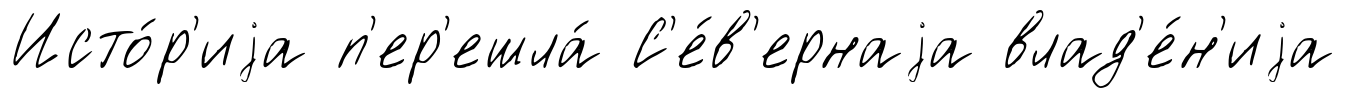
Исто́р'иjа п'ер'ешла́ С'е́в'ернаjа влад'е́н'иjа